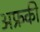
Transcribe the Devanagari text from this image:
अफ्रकी